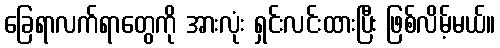
ခြေရာလက်ရာတွေကို အားလုံး ရှင်းလင်းထားပြီး ဖြစ်လိမ့်မယ်။